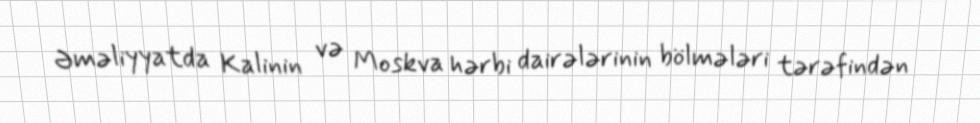
Əməliyyatda Kalinin və Moskva hərbi dairələrinin bölmələri tərəfindən